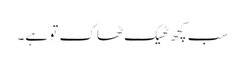
سب کچھ ٹھیک ٹھاک تو ہے۔